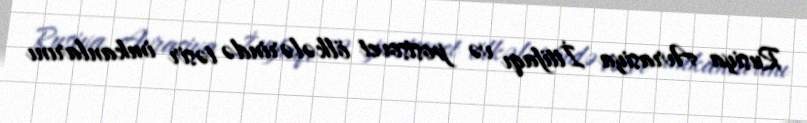
Rusiya Avrasiya İttifaqı və postsovet ölkələrində təsir imkanlarını